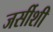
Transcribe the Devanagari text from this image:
जर्सीशी